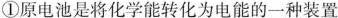
①原电池是将化学能转化为电能的一种装置